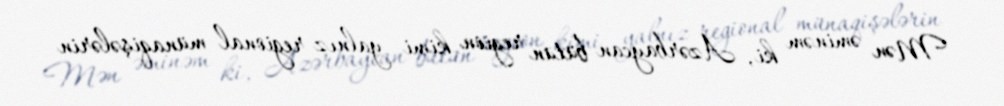
Mən əminəm ki, Azərbaycan bütün region kimi yalnız regional münaqişələrin